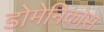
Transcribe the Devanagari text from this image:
डोमेनिकोस